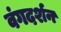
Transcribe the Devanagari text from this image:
वंगदर्शन